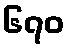
၆၇၀